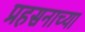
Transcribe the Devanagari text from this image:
प्रहसनाच्या